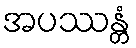
အပဿန္တံ